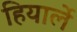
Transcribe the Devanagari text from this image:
हियार्ले